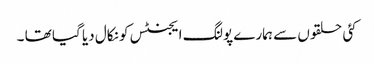
کئی حلقوں سے ہمارے پولنگ ایجنٹس کو نکال دیا گیا تھا ۔